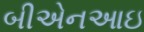
બીએનઆઇ